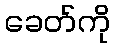
ခေတ်ကို